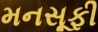
મનસૂફી